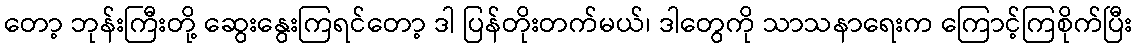
တော့ ဘုန်းကြီးတို့ ဆွေးနွေးကြရင်တော့ ဒါ ပြန်တိုးတက်မယ်၊ ဒါတွေကို သာသနာရေးက ကြောင့်ကြစိုက်ပြီး